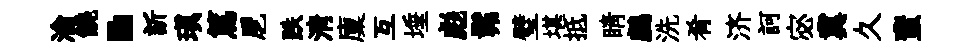
淪饒·訢瑱篤戹跌淸廩互埵彪髴璧堪抵睛鸕洗肴济訶宓冀久蜚